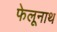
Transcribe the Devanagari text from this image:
फेलूनाथ